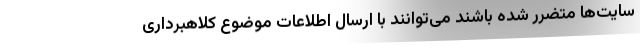
سایت‌ها متضرر شده باشند می‌توانند با ارسال اطلاعات موضوع کلاهبرداری